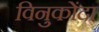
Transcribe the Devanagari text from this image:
विनुकोंदा